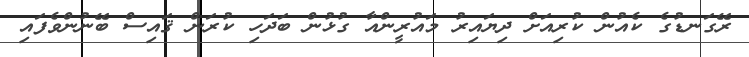
ރޭގަނޑުގެ ކެއުން ކުރިއަށް ދިޔައިރު މައުރީންއާ ގުޅުން ބަދަހި ކުރަން ޤައިސް ބޭނުންވެފައި